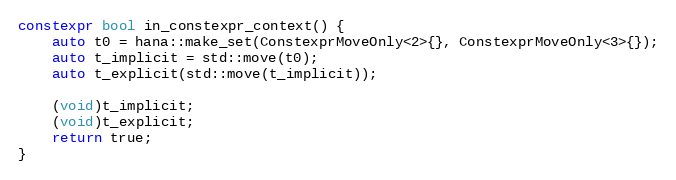
Language: C++
constexpr bool in_constexpr_context() {
    auto t0 = hana::make_set(ConstexprMoveOnly<2>{}, ConstexprMoveOnly<3>{});
    auto t_implicit = std::move(t0);
    auto t_explicit(std::move(t_implicit));

    (void)t_implicit;
    (void)t_explicit;
    return true;
}